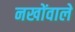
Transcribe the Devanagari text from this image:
नखोंवाले